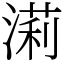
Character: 𣼵